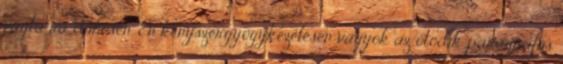
vágta rá dühösen. Én kényszergyógykezelésen vagyok az ötödik paragrafus